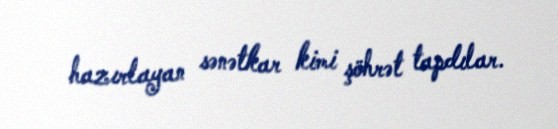
hazırlayan sənətkar kimi şöhrət tapdılar.